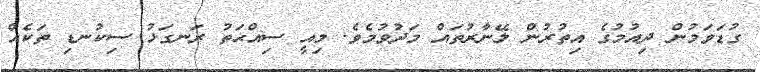
ގުޑަވަމުން ދިއުމުގެ އިތުރުން ލޭނާރުތައް މަދުވުމެވެ. މިއީ ސިއްޙަތު ރަނގަޅު ސިކުނޑި ތަކެއް